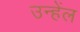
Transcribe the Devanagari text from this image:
उन्हेंल